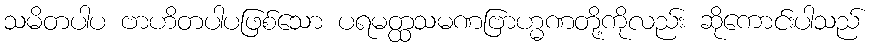
သမိတပါပ ဗာဟိတပါပဖြစ်သော ပရမတ္ထသမဏဗြာဟ္မဏတို့ကိုလည်း ဆိုကောင်းပါသည်